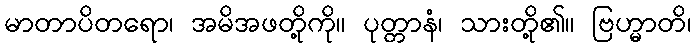
မာတာပိတရော၊ အမိအဖတို့ကို။ ပုတ္တာနံ၊ သားတို့၏။ ဗြဟ္မာတိ၊